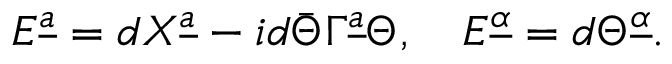
{ \cal E } ^ { \underline { { a } } } = d X ^ { \underline { { a } } } - i d \bar { \Theta } \Gamma ^ { \underline { { a } } } \Theta , \quad { \cal E } ^ { \underline { { \alpha } } } = d \Theta ^ { \underline { { \alpha } } } .